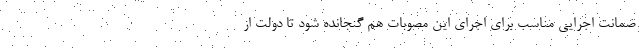
ضمانت اجرایی مناسب برای اجرای این مصوبات هم گنجانده شود تا دولت از